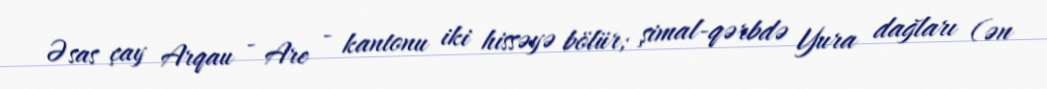
Əsas çay Arqau - Are - kantonu iki hissəyə bölür; şimal-qərbdə Yura dağları (ən